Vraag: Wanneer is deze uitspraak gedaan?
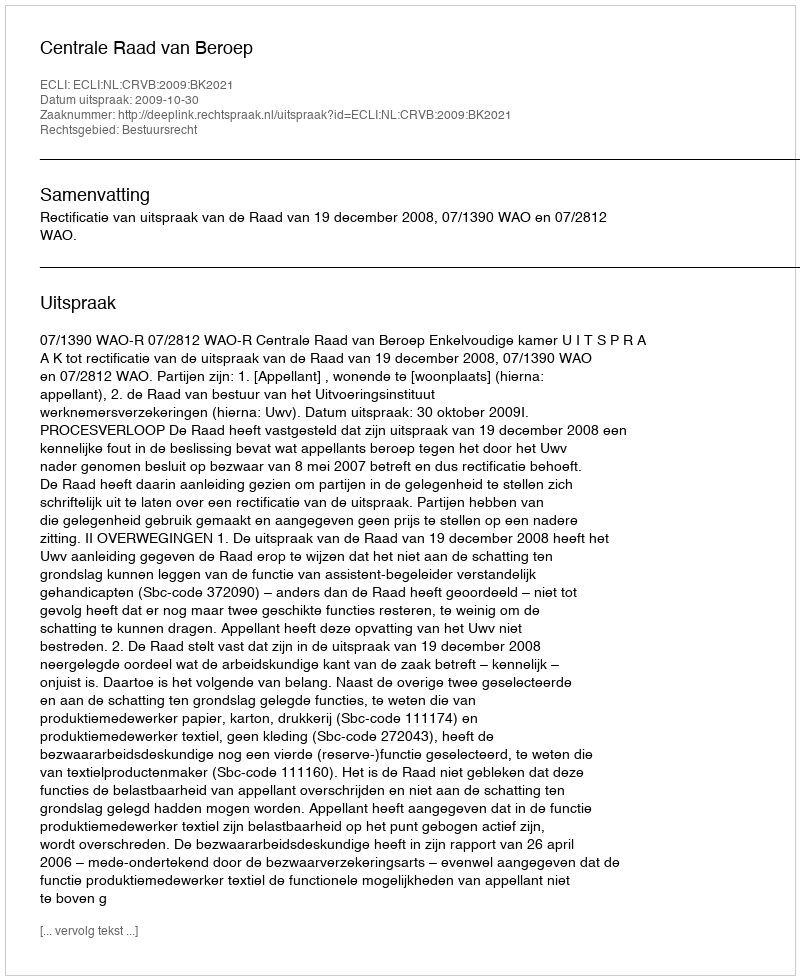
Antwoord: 2009-10-30